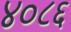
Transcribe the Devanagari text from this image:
४०८६